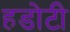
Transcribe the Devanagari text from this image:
हडोटी